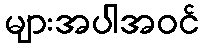
များအပါအဝင်